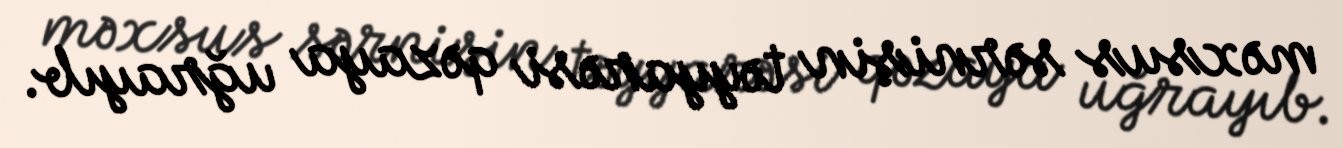
məxsus sərnişin təyyarəsi qəzaya uğrayıb.